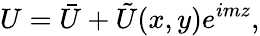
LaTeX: U=\bar{U}+\tilde{U}(x,y)e^{imz},